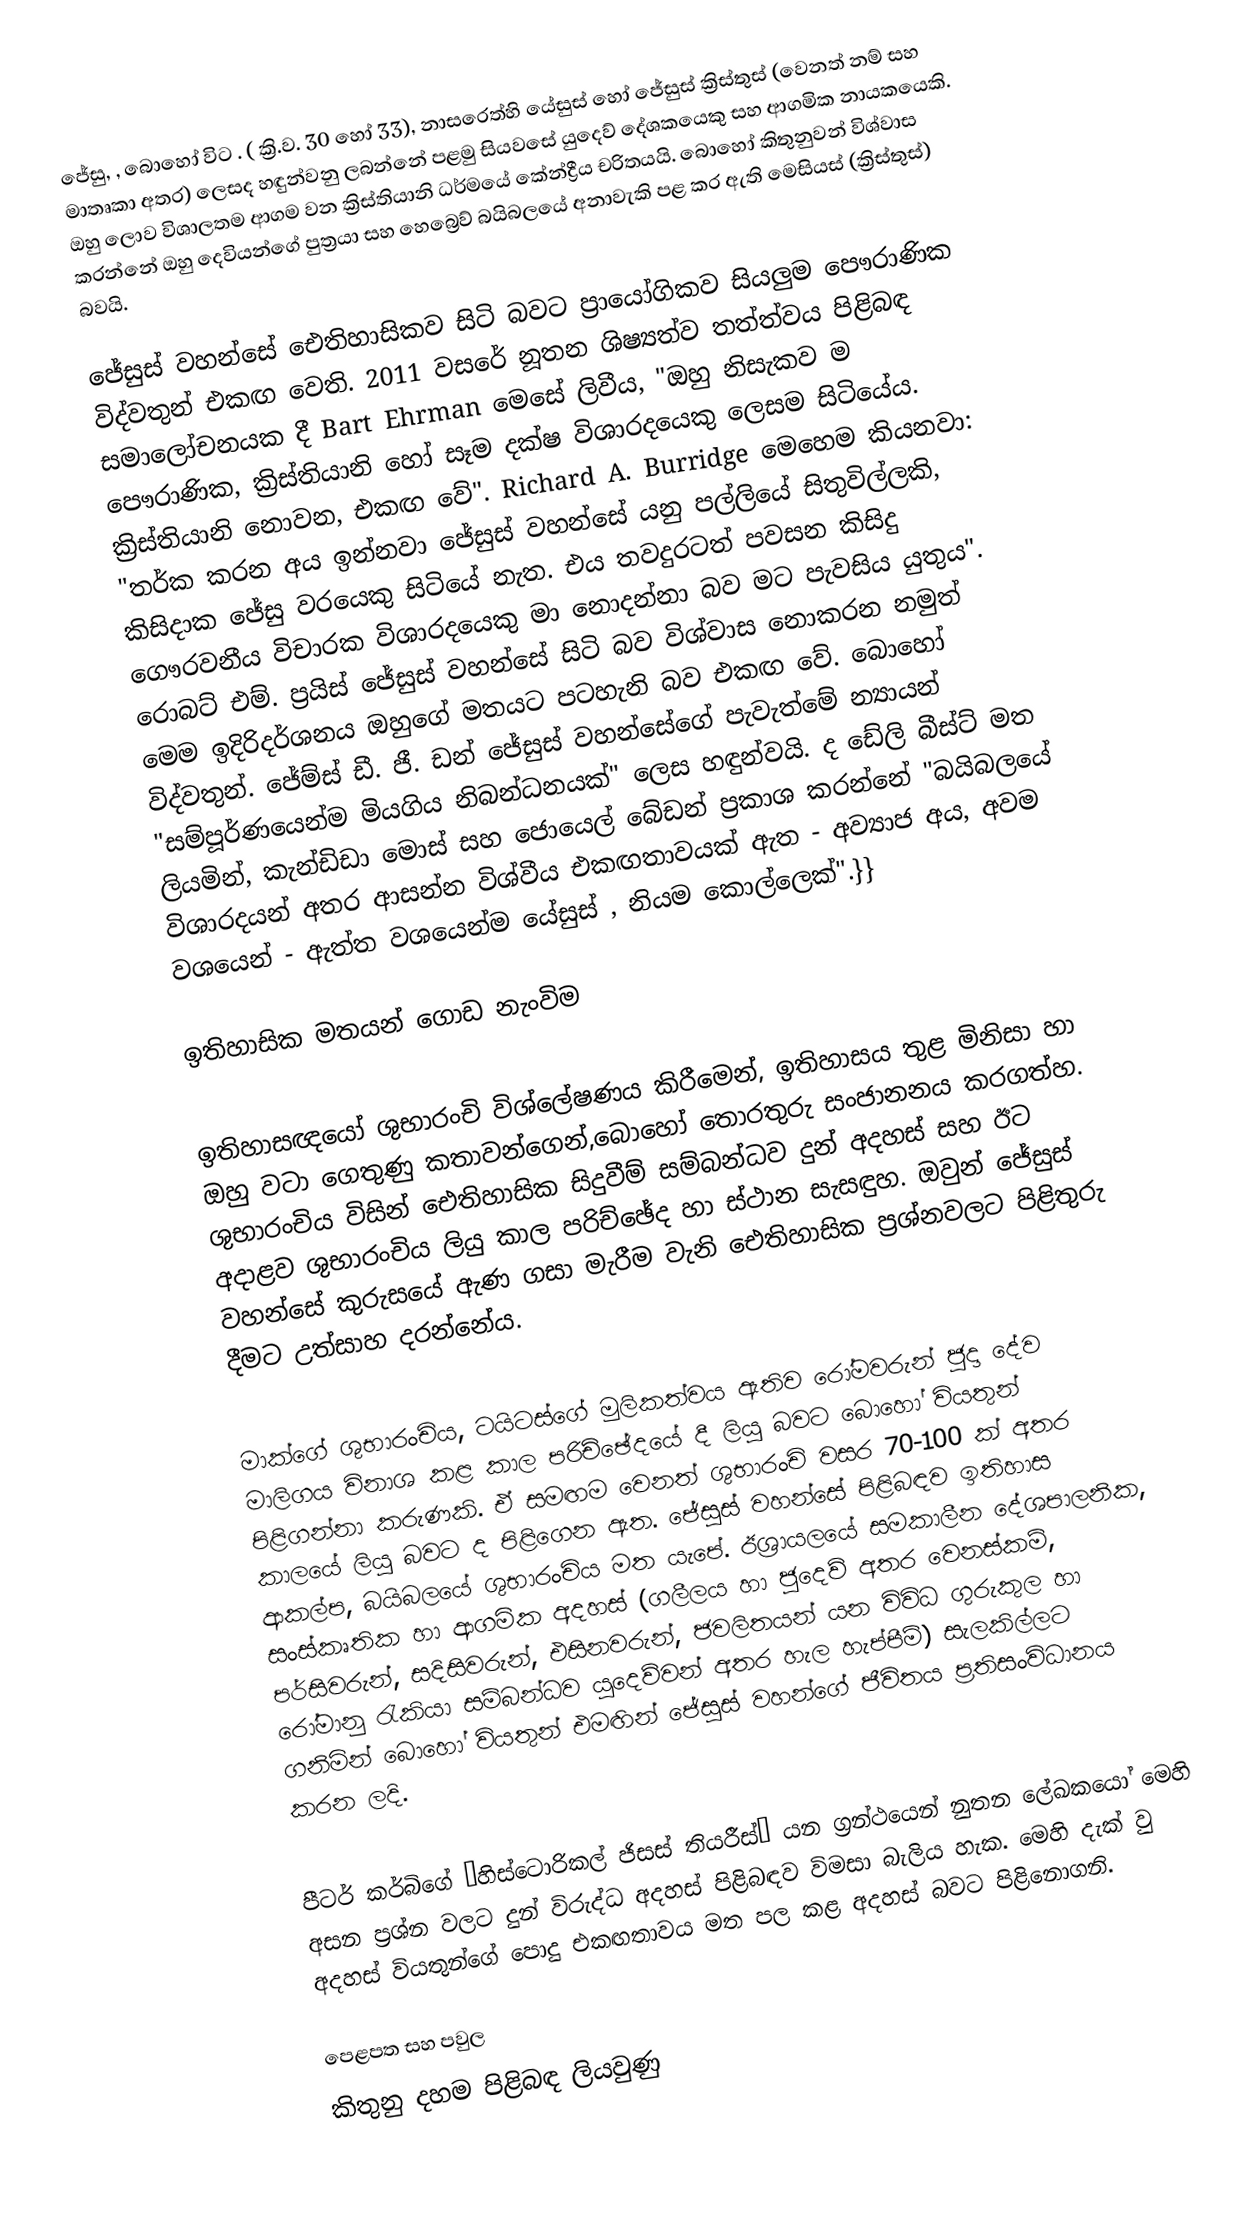
ජේසු, , බොහෝ විට . ( ක්‍රි.ව. 30 හෝ 33), නාසරෙත්හි යේසුස් හෝ ජේසුස් ක්‍රිස්තුස් (වෙනත් නම් සහ මාතෘකා අතර) ලෙසද හඳුන්වනු ලබන්නේ පළමු සියවසේ යුදෙව් දේශකයෙකු සහ ආගමික නායකයෙකි. ඔහු ලොව විශාලතම ආගම වන ක්‍රිස්තියානි ධර්මයේ කේන්ද්‍රීය චරිතයයි. බොහෝ කිතුනුවන් විශ්වාස කරන්නේ ඔහු දෙවියන්ගේ පුත්‍රයා සහ හෙබ්‍රෙව් බයිබලයේ අනාවැකි පළ කර ඇති මෙසියස් (ක්‍රිස්තුස්) බවයි.

ජේසුස් වහන්සේ ඓතිහාසිකව සිටි බවට ප්‍රායෝගිකව සියලුම පෞරාණික විද්වතුන් එකඟ වෙති. 2011 වසරේ නූතන ශිෂ්‍යත්ව තත්ත්වය පිළිබඳ සමාලෝචනයක දී Bart Ehrman මෙසේ ලිවීය, "ඔහු නිසැකව ම පෞරාණික, ක්‍රිස්තියානි හෝ සෑම දක්ෂ විශාරදයෙකු ලෙසම සිටියේය. ක්‍රිස්තියානි නොවන, එකඟ වේ". Richard A. Burridge මෙහෙම කියනවා: "තර්ක කරන අය ඉන්නවා ජේසුස් වහන්සේ යනු පල්ලියේ සිතුවිල්ලකි, කිසිදාක ජේසු වරයෙකු සිටියේ නැත. එය තවදුරටත් පවසන කිසිදු ගෞරවනීය විචාරක විශාරදයෙකු මා නොදන්නා බව මට පැවසිය යුතුය". රොබට් එම්. ප්‍රයිස් ජේසුස් වහන්සේ සිටි බව විශ්වාස නොකරන නමුත් මෙම ඉදිරිදර්ශනය ඔහුගේ මතයට පටහැනි බව එකඟ වේ. බොහෝ විද්වතුන්. ජේම්ස් ඩී. ජී. ඩන් ජේසුස් වහන්සේගේ පැවැත්මේ න්‍යායන් "සම්පූර්ණයෙන්ම මියගිය නිබන්ධනයක්" ලෙස හඳුන්වයි. ද ඩේලි බීස්ට් මත ලියමින්, කැන්ඩිඩා මොස් සහ ජොයෙල් බේඩන් ප්‍රකාශ කරන්නේ "බයිබලයේ විශාරදයන් අතර ආසන්න විශ්වීය එකඟතාවයක් ඇත - අව්‍යාජ අය, අවම වශයෙන් - ඇත්ත වශයෙන්ම යේසුස් , නියම කොල්ලෙක්".}}

ඉතිහාසික මතයන් ගොඩ නැංවිම

ඉතිහාසඥයෝ ශුභාරංචි විශ්ලේෂණය කිරීමෙන්, ඉතිහාසය තුළ මිනිසා හා ඔහු වටා ගෙතුණු කතාවන්ගෙන්,බොහෝ තොරතුරු සංජානනය කරගත්හ. ශුභාරංචිය විසින් ඓතිහාසික සිදුවීම් සම්බන්ධව දුන් අදහස් සහ ඊට අදාළව ශුභාරංචිය ලියු කාල පරිච්ඡේද හා ස්ථාන සැසඳුහ. ඔවුන් ජේසුස් වහන්සේ කුරුසයේ ඇණ ගසා මැරීම වැනි ඓතිහාසික ප්‍රශ්නවලට පිළිතුරු දීමට උත්සාහ දරන්නේය.

මාක්ගේ ශුභාරංචිය, ටයිටස්ගේ මුලිකත්වය ඇතිව රෝමවරුන් ජු‍දා දේව මාලිගය විනාශ කළ කාල පරිච්ඡේදයේ දී ලියු බවට බොහෝ වියතුන් පිළිගන්නා කරුණකි. ඒ සමඟම වෙනත් ශුභාරංචි වසර 70-100 ක් අතර කාලයේ ලියු බවට ද පිළිගෙන ඇත. ජේසුස් වහන්සේ පිළිබඳව ඉතිහාස ආකල්ප, බයිබලයේ ශුභාරංචිය මත යැපේ. ඊශ්‍රායලයේ සමකාලීන දේශපාලනික, සංස්කෘතික හා ආගමික අදහස් (ගලීලය  හා  ජුදෙව් අතර වෙනස්කම්, පර්සිවරුන්, සදිසිවරුන්, එසිනවරුන්, ජවලිතයන් යන විවිධ ගුරුකුල හා රෝමානු රැකියා සම්බන්ධව යුදෙව්වන් අතර හැල හැප්පීම්) සැලකිල්ලට ගනිමින් බො‍හෝ වියතුන් එමඟින් ජේසුස් වහන්ගේ ජීවිතය ප්‍රතිසංවිධානය කරන ලදි.

පීටර් කර්බිගේ  “හිස්ටොරිකල් ජිසස් තියරීස්” යන ග්‍රන්ථයෙන් නුතන ලේඛකයෝ මෙහි අසන ප්‍රශ්න වලට දුන් විරුද්ධ අදහස් පිළිබඳව විමසා බැලිය හැක. මෙහි දැක් වු අදහස් වියතුන්ගේ පොදු එකඟතාවය මත පල කළ අදහස් බවට පිළිනොගනි.

පෙළපත සහ පවුල
කිතුනු දහම පිළිබඳ ලියවුණු